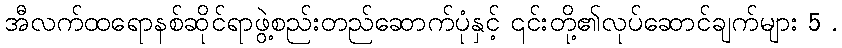
အီလက်ထရောနစ်ဆိုင်ရာဖွဲ့စည်းတည်ဆောက်ပုံနှင့် ၎င်းတို့၏လုပ်ဆောင်ချက်များ 5 .